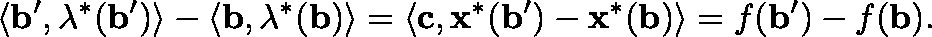
\langle \mathbf { b } ^ { \prime } , \mathbf { \lambda } ^ { * } ( \mathbf { b } ^ { \prime } ) \rangle - \langle \mathbf { b } , \mathbf { \lambda } ^ { * } ( \mathbf { b } ) \rangle = \langle \mathbf { c } , \mathbf { x } ^ { * } ( \mathbf { b } ^ { \prime } ) - \mathbf { x } ^ { * } ( \mathbf { b } ) \rangle = f ( \mathbf { b } ^ { \prime } ) - f ( \mathbf { b } ) .